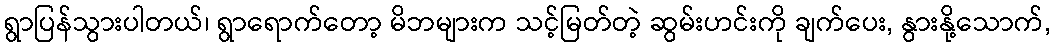
ရွာပြန်သွားပါတယ်၊ ရွာရောက်တော့ မိဘများက သင့်မြတ်တဲ့ ဆွမ်းဟင်းကို ချက်ပေး, နွားနို့သောက်,